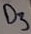
Text: D3